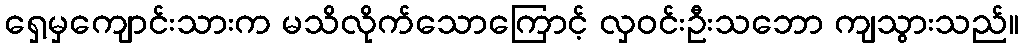
ရှေ့မှကျောင်းသားက မသိလိုက်သောကြောင့် လှဝင်းဦးသဘော ကျသွားသည်။